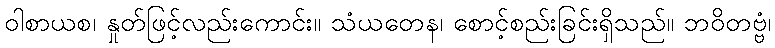
ဝါစာယစ၊ နှုတ်ဖြင့်လည်းကောင်း။ သံယတေန၊ စောင့်စည်းခြင်းရှိသည်။ ဘဝိတဗ္ဗံ၊